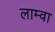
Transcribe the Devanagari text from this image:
लाम्वा